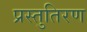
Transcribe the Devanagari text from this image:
प्रस्तुतिरण